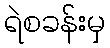
ရဲစခန်းမှ